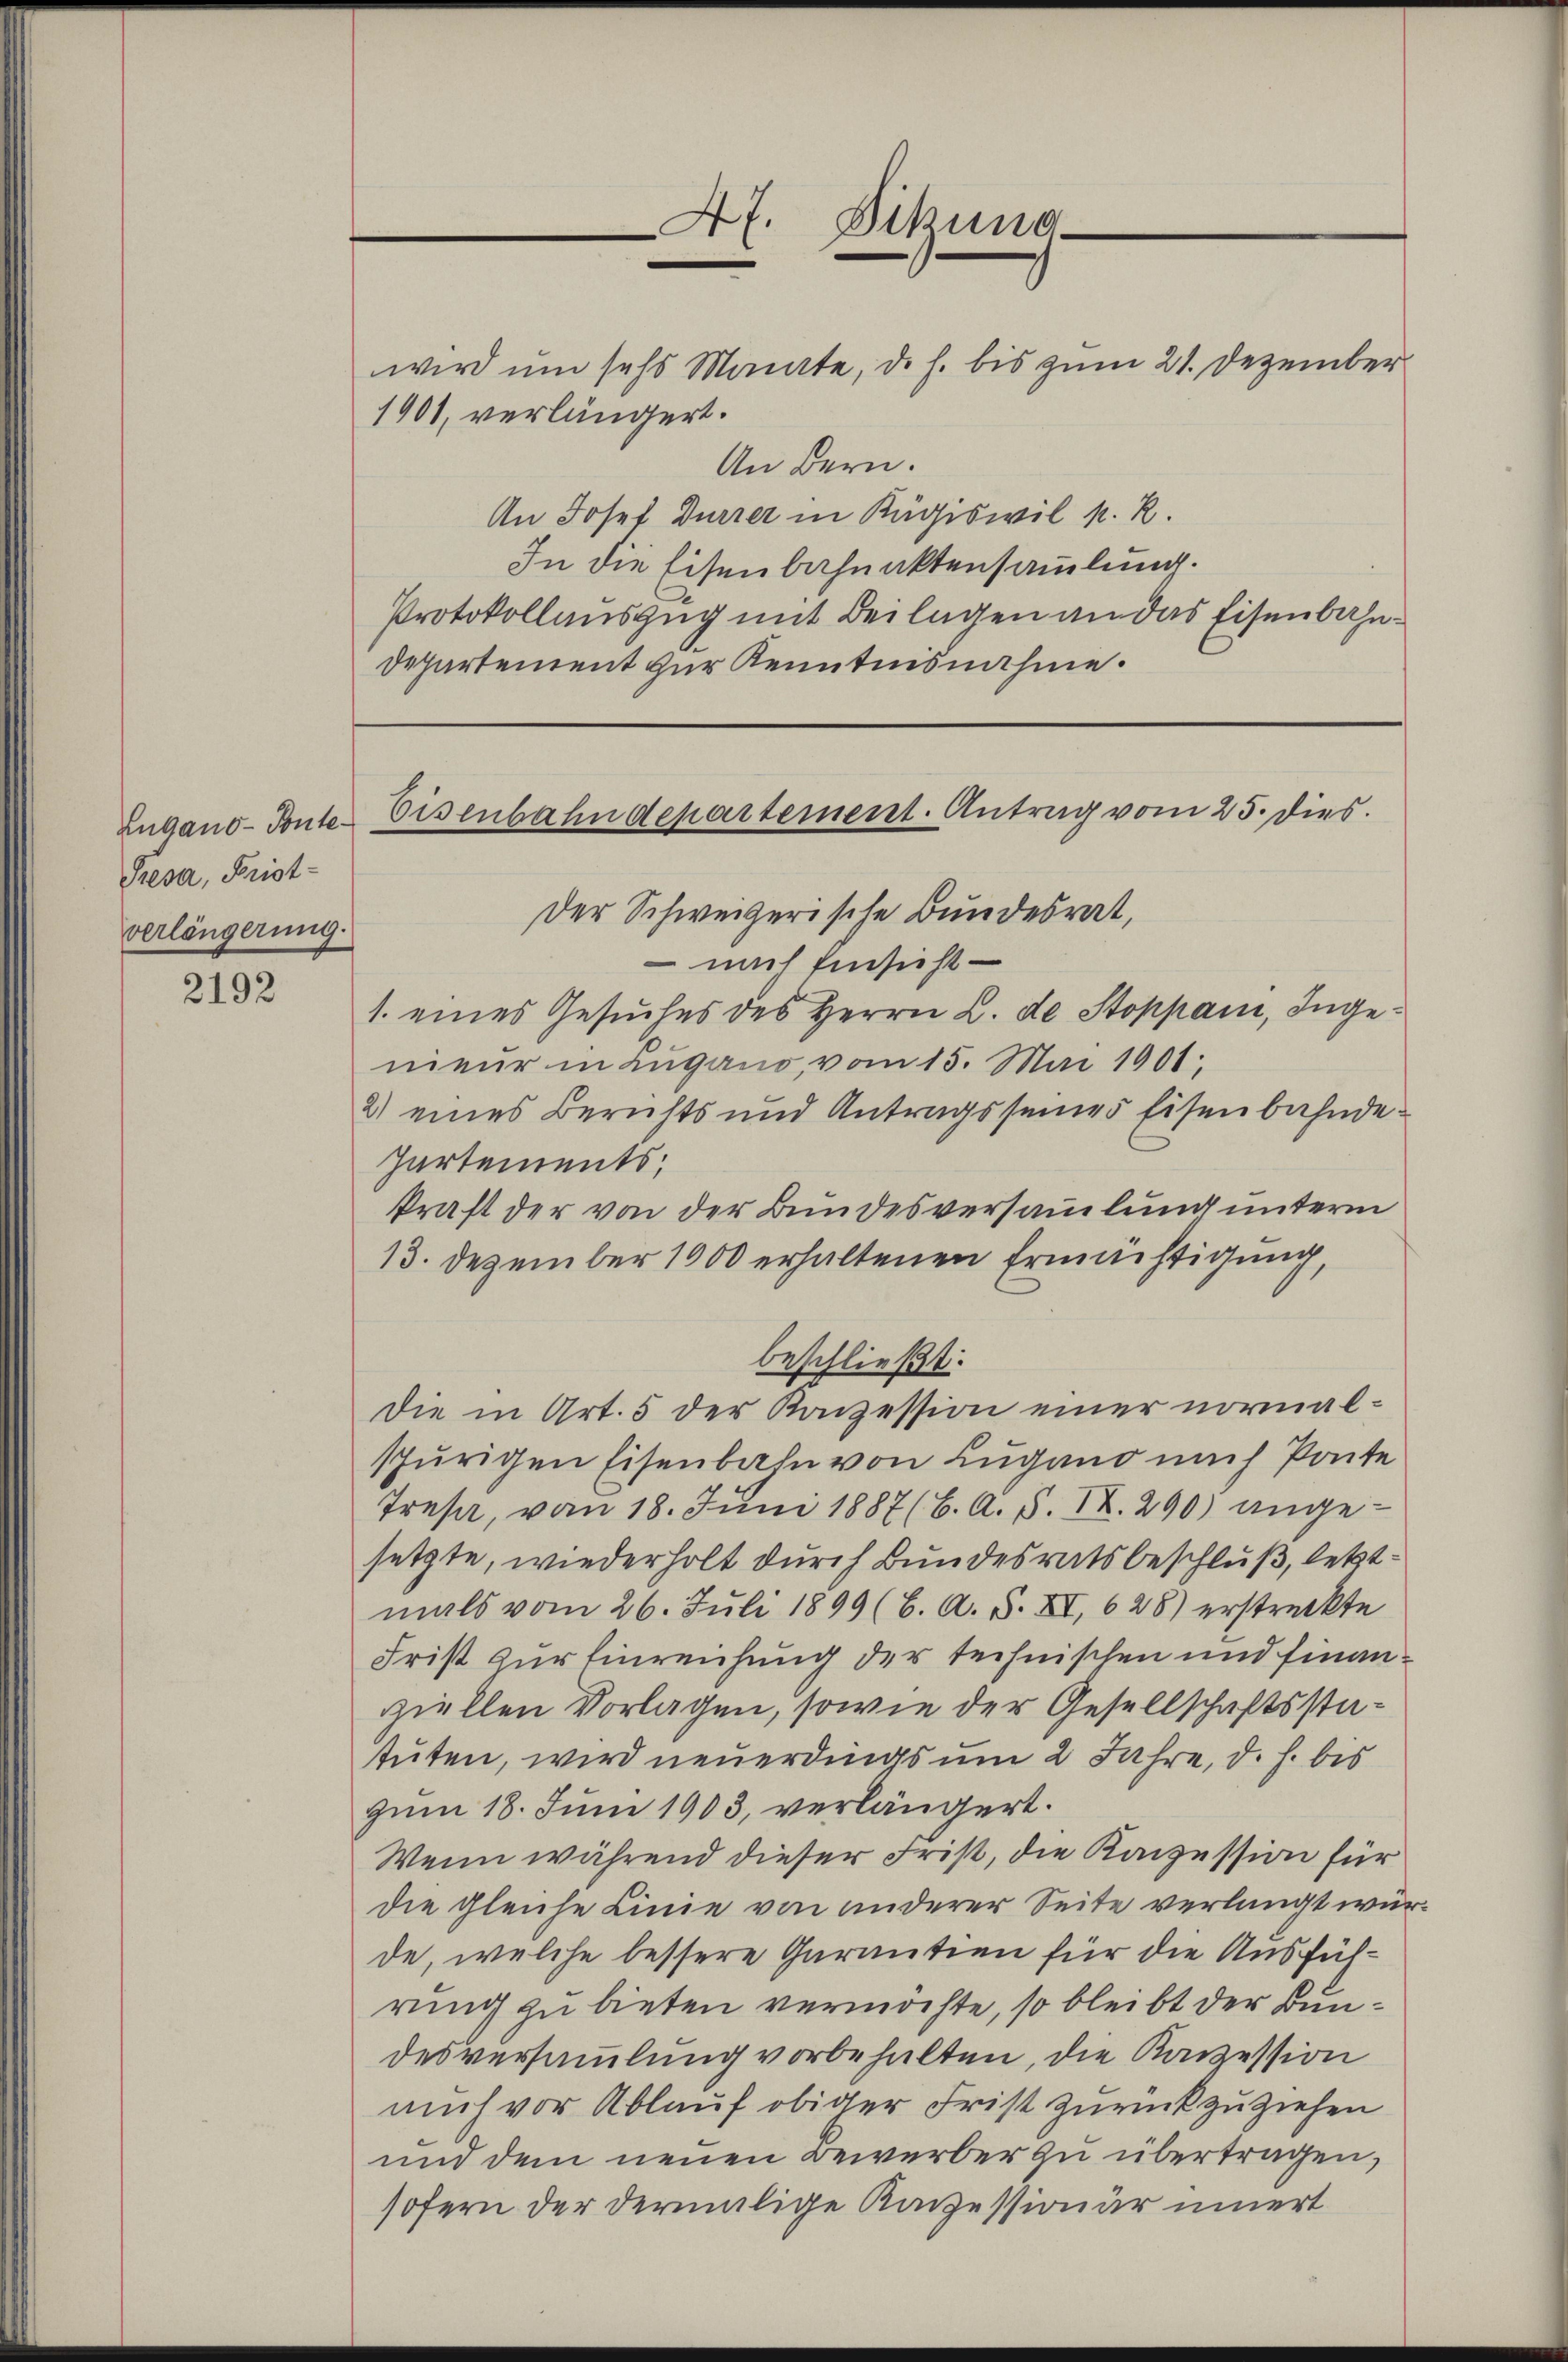
Lugano - Ponte.
Sresa, Pristverlängerung.

2192

wird um sehr Monate, d. h. bis zum 21. Dezember
1901, verlängert.
An Bern.
An Josef Dürrer in Kägiswil p. R.
In die Eisenbahnaktensammlung.
Protokollauszug mit Beilagen an das Eisenbahn¬
Departement zur Kenntnisnahme.

47. Sitzung

Eisenbahndepartement. Antrag vom 25. dies

Der Schweizerische Bundesrat,
 nach Einsicht
1. eines Gesuches des Herrn L. de Stoppani, Ingenieŭr in Lugano, vom 15. Mai 1901,
2) eines Berichts und Antragsseiner Eisenbahnde
Partements;
kraft der von der Bundesversammlung unterm
13. Dezember 1900 erhaltenen Ermächtigung,
Die in Art. 5 der Konzession einer normalspurigen Eisenbahn von Lugano nach Ponte
Tresa, vom 18. Juni 1887 (6. A. S. IX. 290) angesetzte, wiederholt durch Bundesratsbeschluß, letztmals vom 26. Juli 1899 (6. A. S. XI, 628) erstreckte
Frist zur Einreichung der technischen und finanziellen Vorlagen, sowie der Gesellschaftsstatuten, wird neuerdings um 2 Jahre, d. h. bis
zum 18. Juni 1903, verlängert.
Wenn während dieser Frist, die Kanzession für
die gleiche Linie von anderer Seite verlangt würde, welche bessere Garantien für die Ausführung zu bieten vermöchte, so bleibt der Bundesversammlung vorbehalten, die Kanzession
mich vor Ablauf obiger Frist zurückzuziehen
und dem neuen Bewerber zu übertragen,
sofern der dermalige Kanzessionär innert

beschließt: